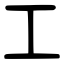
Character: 工